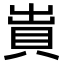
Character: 𧵠